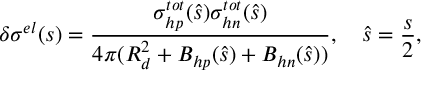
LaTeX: \delta \sigma ^ { e l } ( s ) = \frac { \sigma _ { h p } ^ { t o t } ( \hat { s } ) \sigma _ { h n } ^ { t o t } ( \hat { s } ) } { 4 \pi ( R _ { d } ^ { 2 } + B _ { h p } ( \hat { s } ) + B _ { h n } ( \hat { s } ) ) } , \quad \hat { s } = \frac { s } { 2 } ,